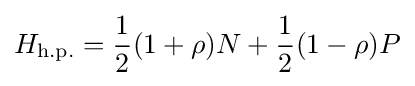
H_{\text{h.p.}}={\frac {1}{2}}(1+\rho )N+{\frac {1}{2}}(1-\rho )P